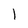
Character: l